Report on vaccination in Madras 1877-1894 - 1877-1894
Year: 1877
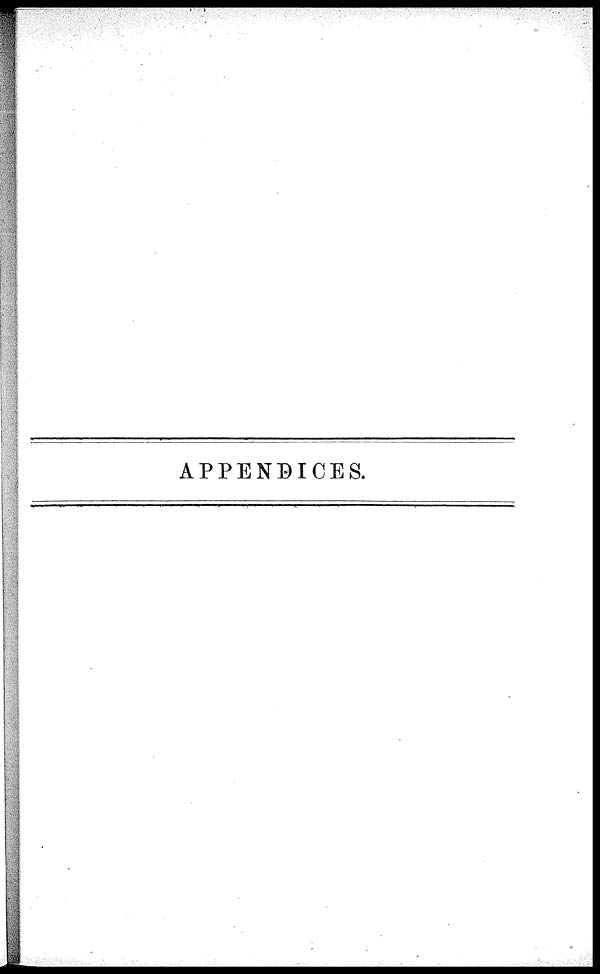
APPENDICES.